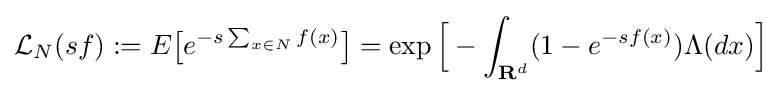
{\mathcal {L}}_{N}(sf):=E{\bigl [}e^{-s\sum _{x\in N}f(x)}{\bigr ]}=\exp {\Bigl [}-\int _{{\textbf {R}}^{d}}(1-e^{-sf(x)})\Lambda (dx){\Bigr ]}